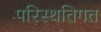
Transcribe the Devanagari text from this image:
परिस्थतिगत